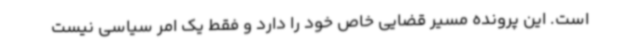
است. این پرونده مسیر قضایی خاص خود را دارد و فقط یک امر سیاسی نیست